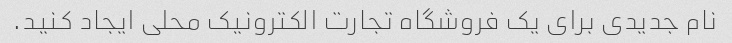
نام جدیدی برای یک فروشگاه تجارت الکترونیک محلی ایجاد کنید.